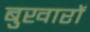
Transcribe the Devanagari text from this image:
बुखारों